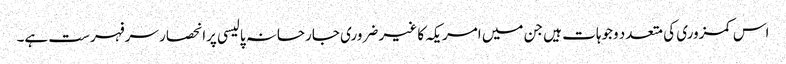
اس کمزوری کی متعدد وجوہات ہیں جن میں امریکہ کا غیر ضروری جارحانہ پالیسی پرانحصار سرفہرست ہے۔